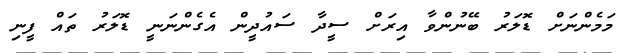
މަމެންނަށް ޑޮލަރު ބޭނުންވާ އިރަށް ސީދާ ސައުދީން އެގެންނަނީ ޑޮލަރު ތައް ފީނި